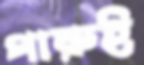
পারুই